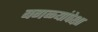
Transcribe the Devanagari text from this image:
बगळ्यांपेक्षा